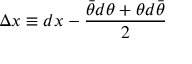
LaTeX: \Delta x \equiv d x - \frac { \bar { \theta } d \theta + \theta d \bar { \theta } } { 2 }